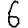
Digit: 6